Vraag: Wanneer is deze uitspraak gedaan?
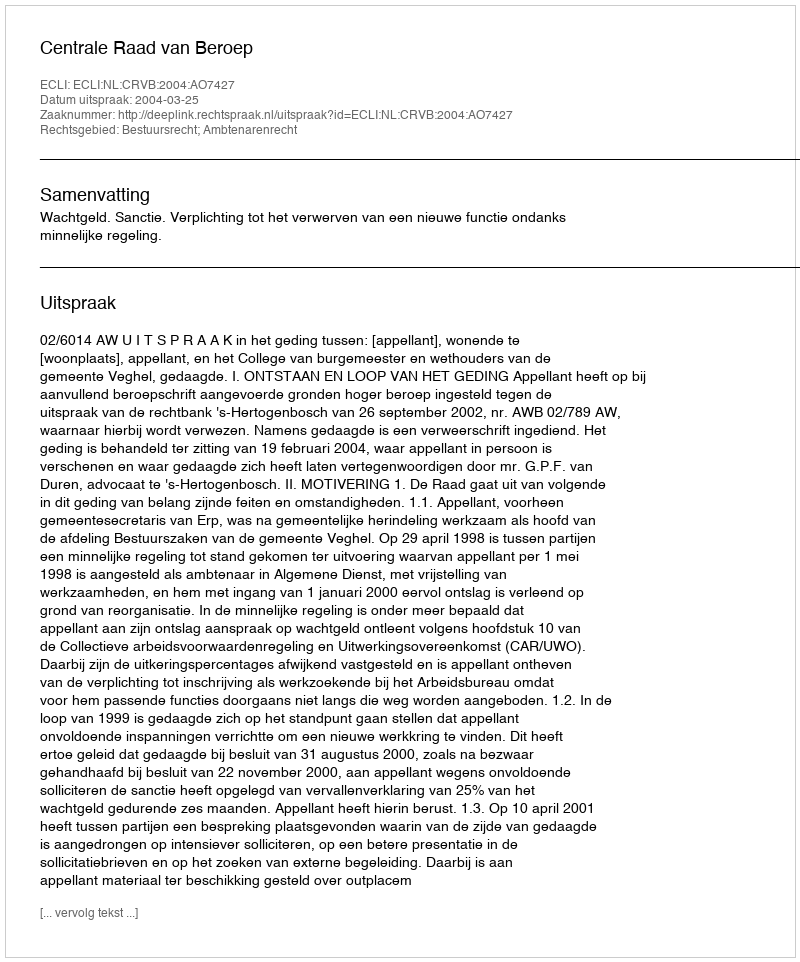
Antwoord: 2004-03-25